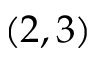
( 2 , 3 )